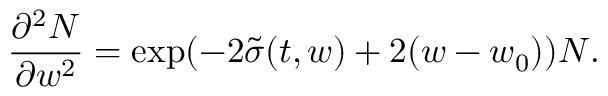
\frac { \partial ^ { 2 } N } { \partial w ^ { 2 } } = \exp ( - 2 \tilde { \sigma } ( t , w ) + 2 ( w - w _ { 0 } ) ) N .